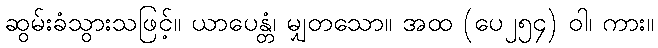
ဆွမ်းခံသွားသဖြင့်။ ယာပေန္တံ၊ မျှတသော။ အထ (ပေ၂၅၄) ဝါ၊ ကား။